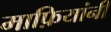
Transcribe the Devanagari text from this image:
माफ़ियांनी